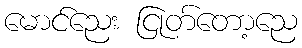
မောင်ညေး ငြုတ်တော့ညေ